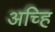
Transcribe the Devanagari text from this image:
अच्हि